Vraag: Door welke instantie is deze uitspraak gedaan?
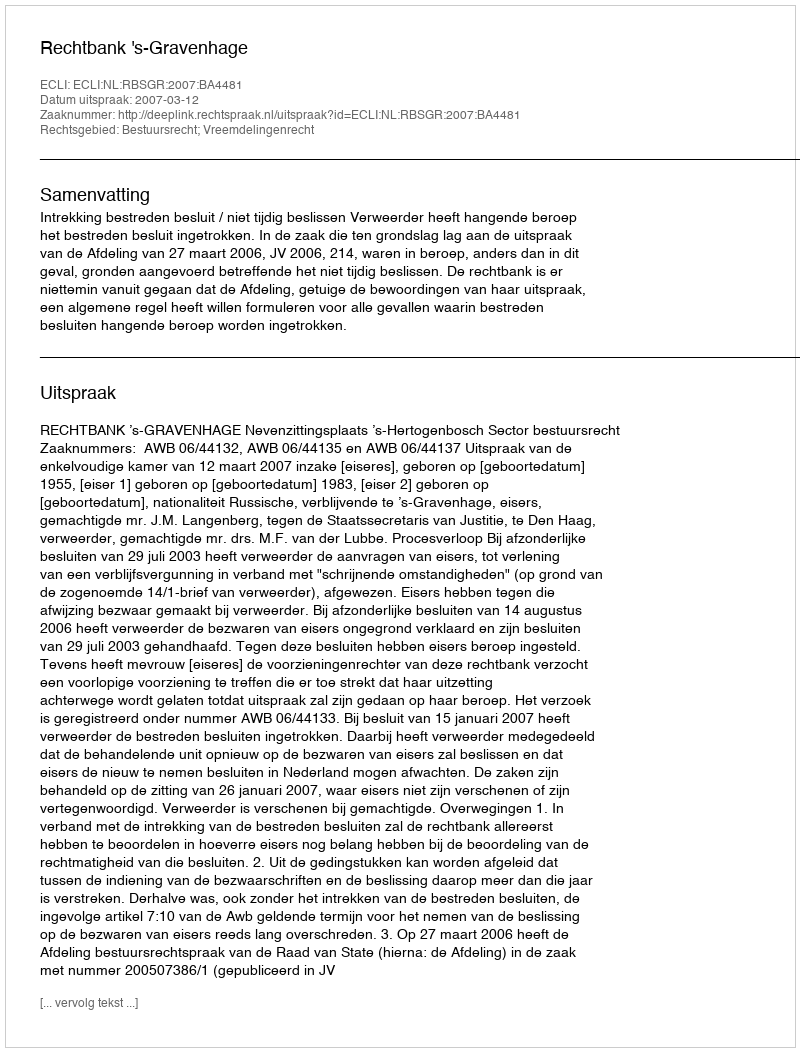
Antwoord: Rechtbank 's-Gravenhage